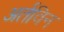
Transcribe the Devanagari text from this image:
अर्तविन